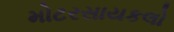
મોટરસાયકલો